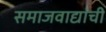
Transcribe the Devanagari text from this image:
समाजवाद्यांची